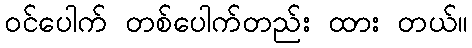
ဝင်ပေါက် တစ်ပေါက်တည်း ထား တယ်။